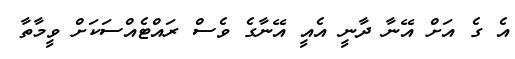
އެ ގެ އަށް އޭނާ ދާނީ އެއީ އޭނާގެ ވެސް ރައްޓެއްސަކަށް ވީމާތާ